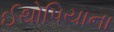
ઈથોપિયાના